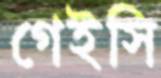
গেইসি